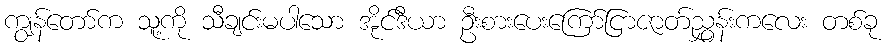
ကျွန်တော်က သူ့ကို သီချင်းမပါသော အိုင်ဒီယာ ဦးစားပေးကြော်ငြာဇာတ်ညွှန်းကလေး တစ်ခု